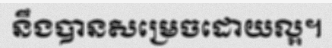
នឹងបានសម្រេចដោយល្អ។